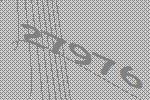
27976